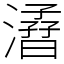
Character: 㵫